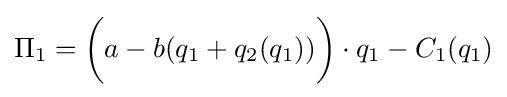
\Pi _{1}={\bigg (}a-b(q_{1}+q_{2}(q_{1})){\bigg )}\cdot q_{1}-C_{1}(q_{1})